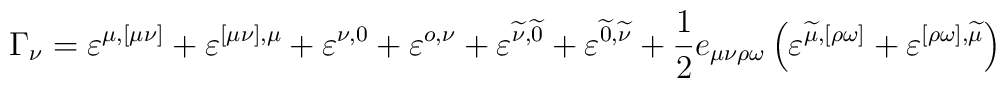
\Gamma _\nu =\varepsilon ^{\mu ,[\mu \nu ]}+\varepsilon ^{[\mu \nu],\mu }+\varepsilon ^{\nu ,0}+\varepsilon ^{o,\nu }+\varepsilon^{\widetilde{\nu }, \widetilde{0}}+\varepsilon^{\widetilde{0},\widetilde{\nu }}+\frac 12e_{\mu \nu \rho \omega}\left( \varepsilon ^{\widetilde{\mu },[\rho \omega ]}+\varepsilon^{[\rho \omega ],\widetilde{\mu }}\right)